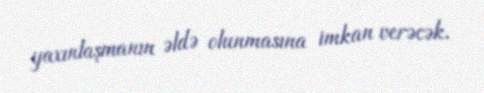
yaxınlaşmanın əldə olunmasına imkan verəcək.